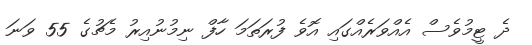
ދެ ޓީމުވެސް އެއްވަރެއްގައި އޮވެ ފުރަތަމަ ހާފް ނިމުނުއިރު މެޗުގެ 55 ވަނަ